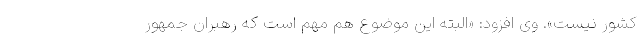
کشور نیست». وی افزود: «البته این موضوع هم مهم است که رهبران جمهور